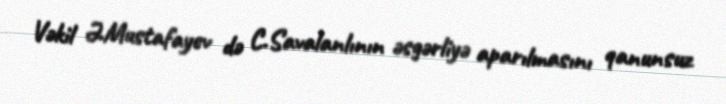
Vəkil Ə.Mustafayev də C.Savalanlının əsgərliyə aparılmasını qanunsuz